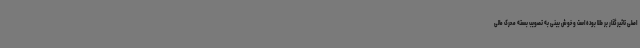
اصلی تاثیرگذار بر طلا بوده است و خوش بینی به تصویب بسته محرک مالی